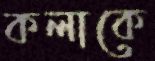
কলাকে